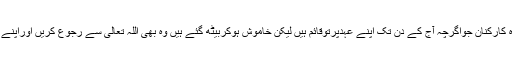
اس کے ساتھ ساتھ وہ کارکنان جواگرچہ آج کے دن تک اپنے عہدپرتوقائم ہیں لیکن خاموش ہوکربیٹھ گئے ہیں وہ بھی اللہ تعالیٰ سے رجوع کریں اوراپنے عہد کی تجدید کریں۔